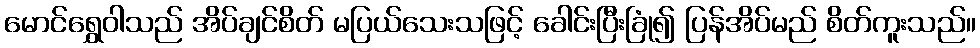
မောင်ရွှေဝါသည် အိပ်ချင်စိတ် မပြယ်သေးသဖြင့် ခေါင်းပြီးခြုံ၍ ပြန်အိပ်မည် စိတ်ကူးသည်။